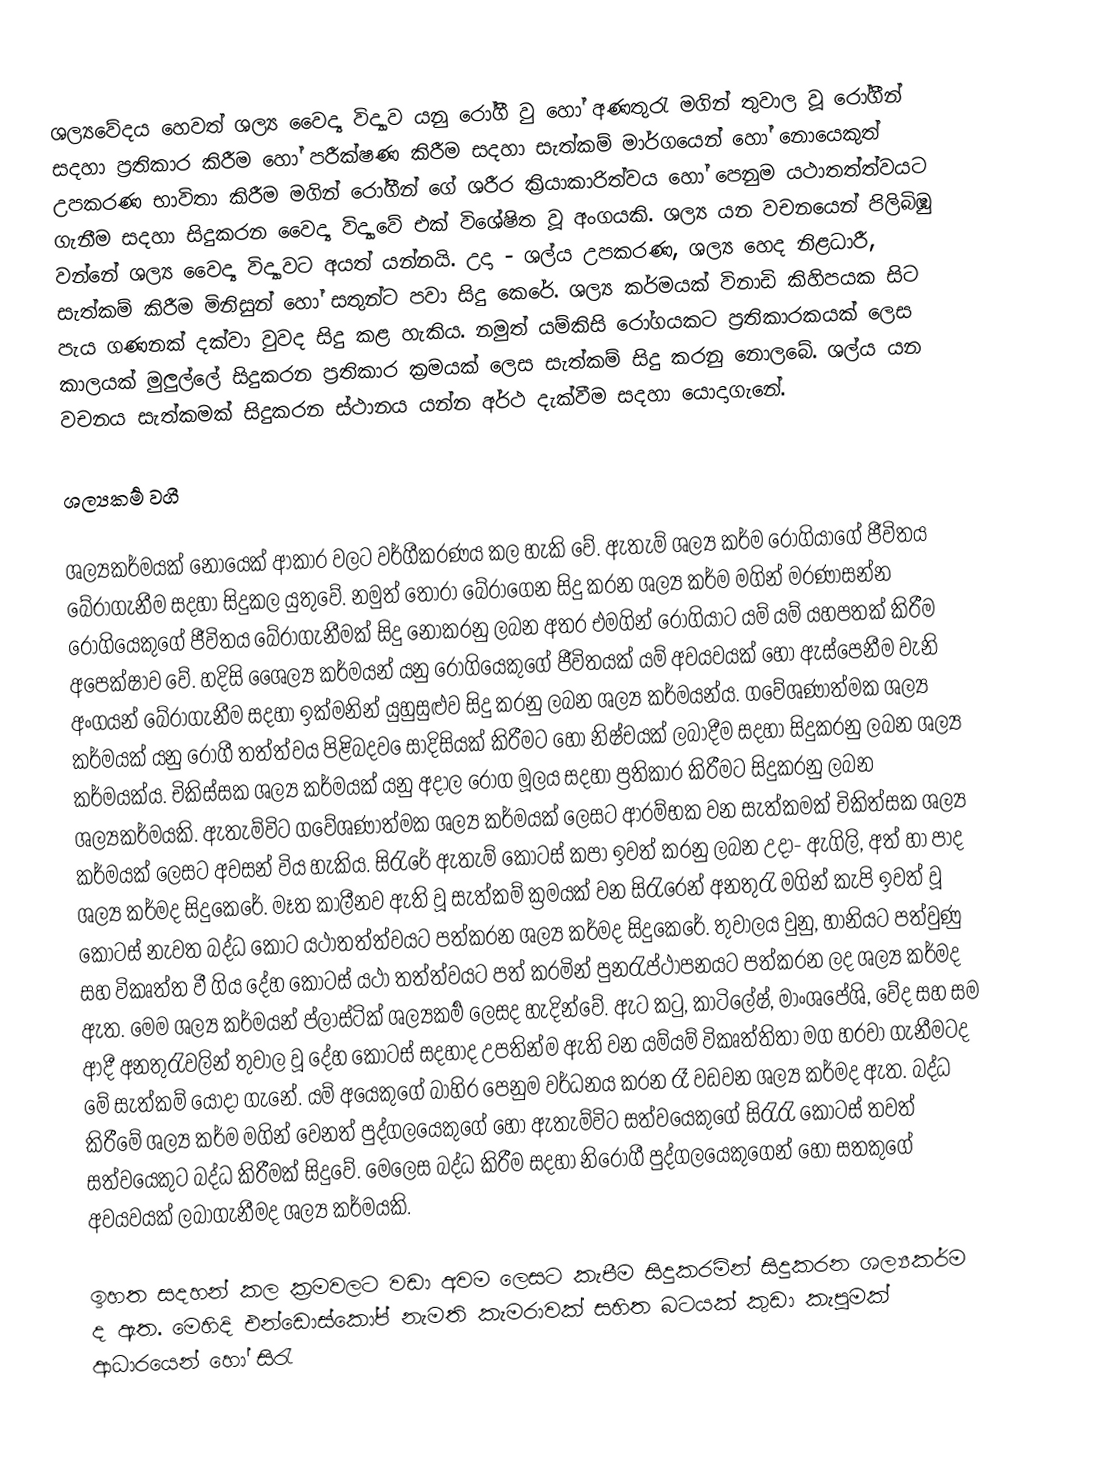
ශල්‍යවේදය හෙවත් ශල්‍ය වෛද්‍ය විද්‍යාව යනු රෝගී වු හෝ අණතුරැ මගින් තුවාල වූ රෝගීන් සදහා ප්‍රතිකාර කිරීම හෝ පරීක්ෂණ කිරීම සදහා සැත්කම් මාර්ගයෙන් හෝ නොයෙකුත් උපකරණ භාවිතා කිරීම මගින් රෝගීන් ගේ ශරීර ක්‍රියාකාරිත්වය හෝ පෙනුම යථාතත්ත්වයට ගැනීම සදහා සිදුකරන වෛද්‍ය විද්‍යාවේ එක් විශේෂිත වූ අංගයකි. ශල්‍ය යන වචනයෙන් පිලිබිඹු වන්නේ ශල්‍ය වෛද්‍ය විද්‍යාවට අයත් යන්නයි. උදා - ශල්ය උපකරණ, ශල්‍ය හෙද නිළධාරී, සැත්කම් කිරීම මිනිසුන් හෝ සතුන්ට පවා සිදු කෙරේ. ශල්‍ය කර්මයක් විනාඩි කිහිපයක සිට පැය ගණනක් දක්වා වුවද සිදු කළ හැකිය. නමුත් යම්කිසි රෝගයකට ප්‍රතිකාරකයක් ලෙස කාලයක් මුලුල්ලේ සිදුකරන ප්‍රතිකාර ක්‍රමයක් ලෙස සැත්කම් සිදු කරනු නොලබේ. ශල්ය යන වචනය සැත්කමක් සිදුකරන ස්ථානය යන්න අර්ථ දැක්වීම සදහා යොදාගැනේ.

ශල්‍යකර්‍ම වගී

ශල්‍යකර්මයක් නොයෙක් ආකාර වලට වර්ගීකරණය කල හැකි වේ. ඇතැම් ශල්‍ය කර්ම රෝගියාගේ ජීවිතය බේරාගැනීම සදහා සිදුකල යුතුවේ. නමුත් තෝරා බේරාගෙන සිදු කරන ශල්‍ය කර්ම මගින් මරණාසන්න රෝගියෙකුගේ ජීවිතය බේරාගැනීමක් සිදු නොකරනු ලබන අතර එමගින් රෝගියාට යම් යම් යහපතක් කිරීම අපෙක්ෂාව වේ. හදිසි ශෛල්‍ය කර්මයන් යනු රෝගියෙකුගේ ජීවිතයක් යම් අවයවයක් හෝ ඇස්පෙනීම වැනි අංගයන් බේරාගැනීම සදහා ඉක්මනින් යුහුසුළුව සිදු කරනු ලබන ශල්‍ය කර්මයන්ය. ගවේශණාත්මක ශල්‍ය කර්මයක් යනු රෝගී තත්ත්වය පිළිබදව ‍ෙසාදිසියක් කිරීමට හෝ නිෂ්චයක් ලබාදීම සදහා සිදුකරනු ලබන ශල්‍ය කර්මයක්ය. චිකිස්සක ශල්‍ය කර්මයක් යනු අදාල රෝග මූලය සදහා ප්‍රතිකාර කිරීමට සිදුකරනු ලබන ශල්‍යකර්මයකි. ඇතැම්විට ගවේශණාත්මක ශල්‍ය කර්මයක් ලෙසට ආරම්භක වන සැත්කමක් චිකිත්සක ශල්‍ය කර්මයක් ලෙසට අවසන් විය හැකිය. සිරැරේ ඇතැම් කොටස් කපා ඉවත් කරනු ලබන උදා- ඇගිලි, අත් හා පාද ශල්‍ය කර්මද සිදුකෙරේ. මෑත කාලීනව ඇති වූ සැත්කම් ක්‍රමයක් වන සිරැරෙන් අනතුරැ මගින් කැපි ඉවත් වූ කොටස් නැවත බද්ධ කොට යථාතත්ත්වයට පත්කරන ශල්‍ය කර්මද සිදුකෙරේ. තුවාලය වුනු, හානියට පත්වුණු සහ විකෘත්ත වී ගිය දේහ කොටස් යථා තත්ත්වයට පත් කරමින් පුනරැප්ථාපනයට පත්කරන ලද ශල්‍ය කර්මද ඇත. මෙම ශල්‍ය කර්මයන් ප්ලාස්ටික් ‍ශල්‍යකර්‍ම ලෙසද හැදින්වේ. ඇට කටු, කාටිලේෂ්, මාංශපේශි, වේද සහ සම ආදී අනතුරැවලින් තුවාල වූ දේහ කොටස් සදහාද උපතින්ම ඇති වන යම්යම් විකෘත්තිතා මග හරවා ගැනීමටද මේ සැත්කම් යොදා ගැනේ. යම් අයෙකුගේ බාහිර පෙනුම වර්ධනය කරන රෑ වඩවන ශල්‍ය කර්මද ඇත. බද්ධ කිරීමේ ශල්‍ය කර්ම මගින් වෙනත් පුද්ගලයෙකුගේ හෝ ඇතැම්විට සත්වයෙකුගේ සිරැරැ කොටස් තවත් සත්වයෙකුට බද්ධ කිරීමක් සිදුවේ. මෙලෙස බද්ධ කිරීම සදහා නිරෝගී පුද්ගලයෙකුගෙන් හෝ සතකුගේ අවයවයක් ලබාගැනීමද ‍ශල්‍ය කර්මයකි.

ඉහත සදහන් කල ක්‍රමවලට වඩා අවම ලෙසට කැපීම සිදුකරමින් සිදුකරන ශල්‍යකර්ම ද ඇත. මෙහිදි එන්ඩොස්කෝප් නැමති කැමරාවක් සහිත බටයක් කුඩා කැපුමක් ආධාරයෙන් හෝ සිරැ